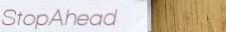
StopAhead